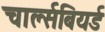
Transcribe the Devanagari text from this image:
चार्ल्सबियर्ड